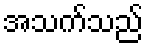
အသက်သည်